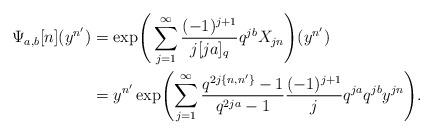
LaTeX: \begin{align*}\Psi_{a,b}[n](y^{n'})&= \exp\Biggl(\,\sum_{j=1}^{\infty} \frac{(-1)^{j+1}}{j[ja]_q} q^{jb} X_{jn}\Biggr)(y^{n'})\\&=y^{n'} \exp\Biggl( \sum_{j=1}^{\infty} \frac{q^{2j\{ n,n'\}}-1}{q^{2ja}-1} \frac{(-1)^{j+1}}{j }q^{ja}q^{jb} y^{ jn}\Biggr). \end{align*}